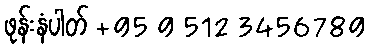
ဖုန်းနံပါတ် +95 9 512 3456789